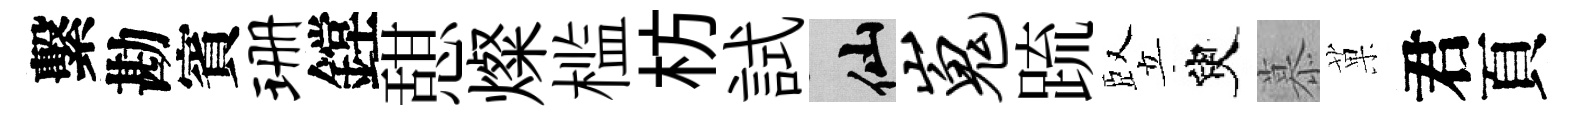
繫勘賓珊鏜憇燦槛枋試仙嵬䟽竪臾慕菓君頁